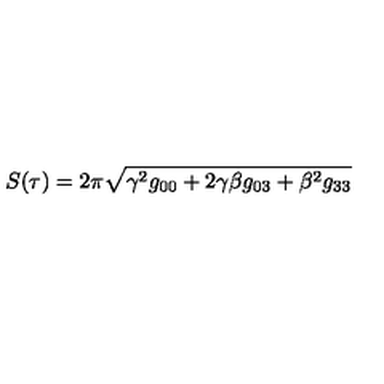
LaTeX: S ( \tau ) = 2 \pi \sqrt { \gamma ^ { 2 } g _ { 0 0 } + 2 \gamma \beta g _ { 0 3 } + \beta ^ { 2 } g _ { 3 3 } }